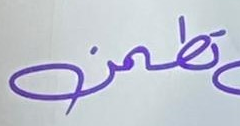
تطمن